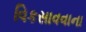
વિકસાવવાના